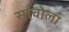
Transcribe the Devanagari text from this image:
सांचोला